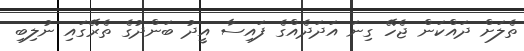
ތެލަށް ދައްކަން ޖެހޭ ގިނަ އަދަދެއްގެ ފައިސާ އީދު ބަންދުގެ ތެރޭގައި ނުލިބި